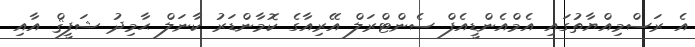
އެ ރަސްމިއްޔާތުގައި އެމްއެންޑީއެފް ސެންޓްރަލް އޭރިއާގެ ކޮމާންޑަރު ކާނަލް ޙާމިދު ޝަފީޤް އާއި